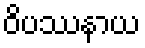
ဝိပဿနာယ